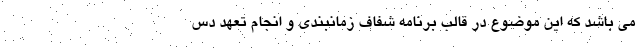
می باشد که این موضوع در قالب برنامه شفاف زمانبندی و انجام تعهد دس